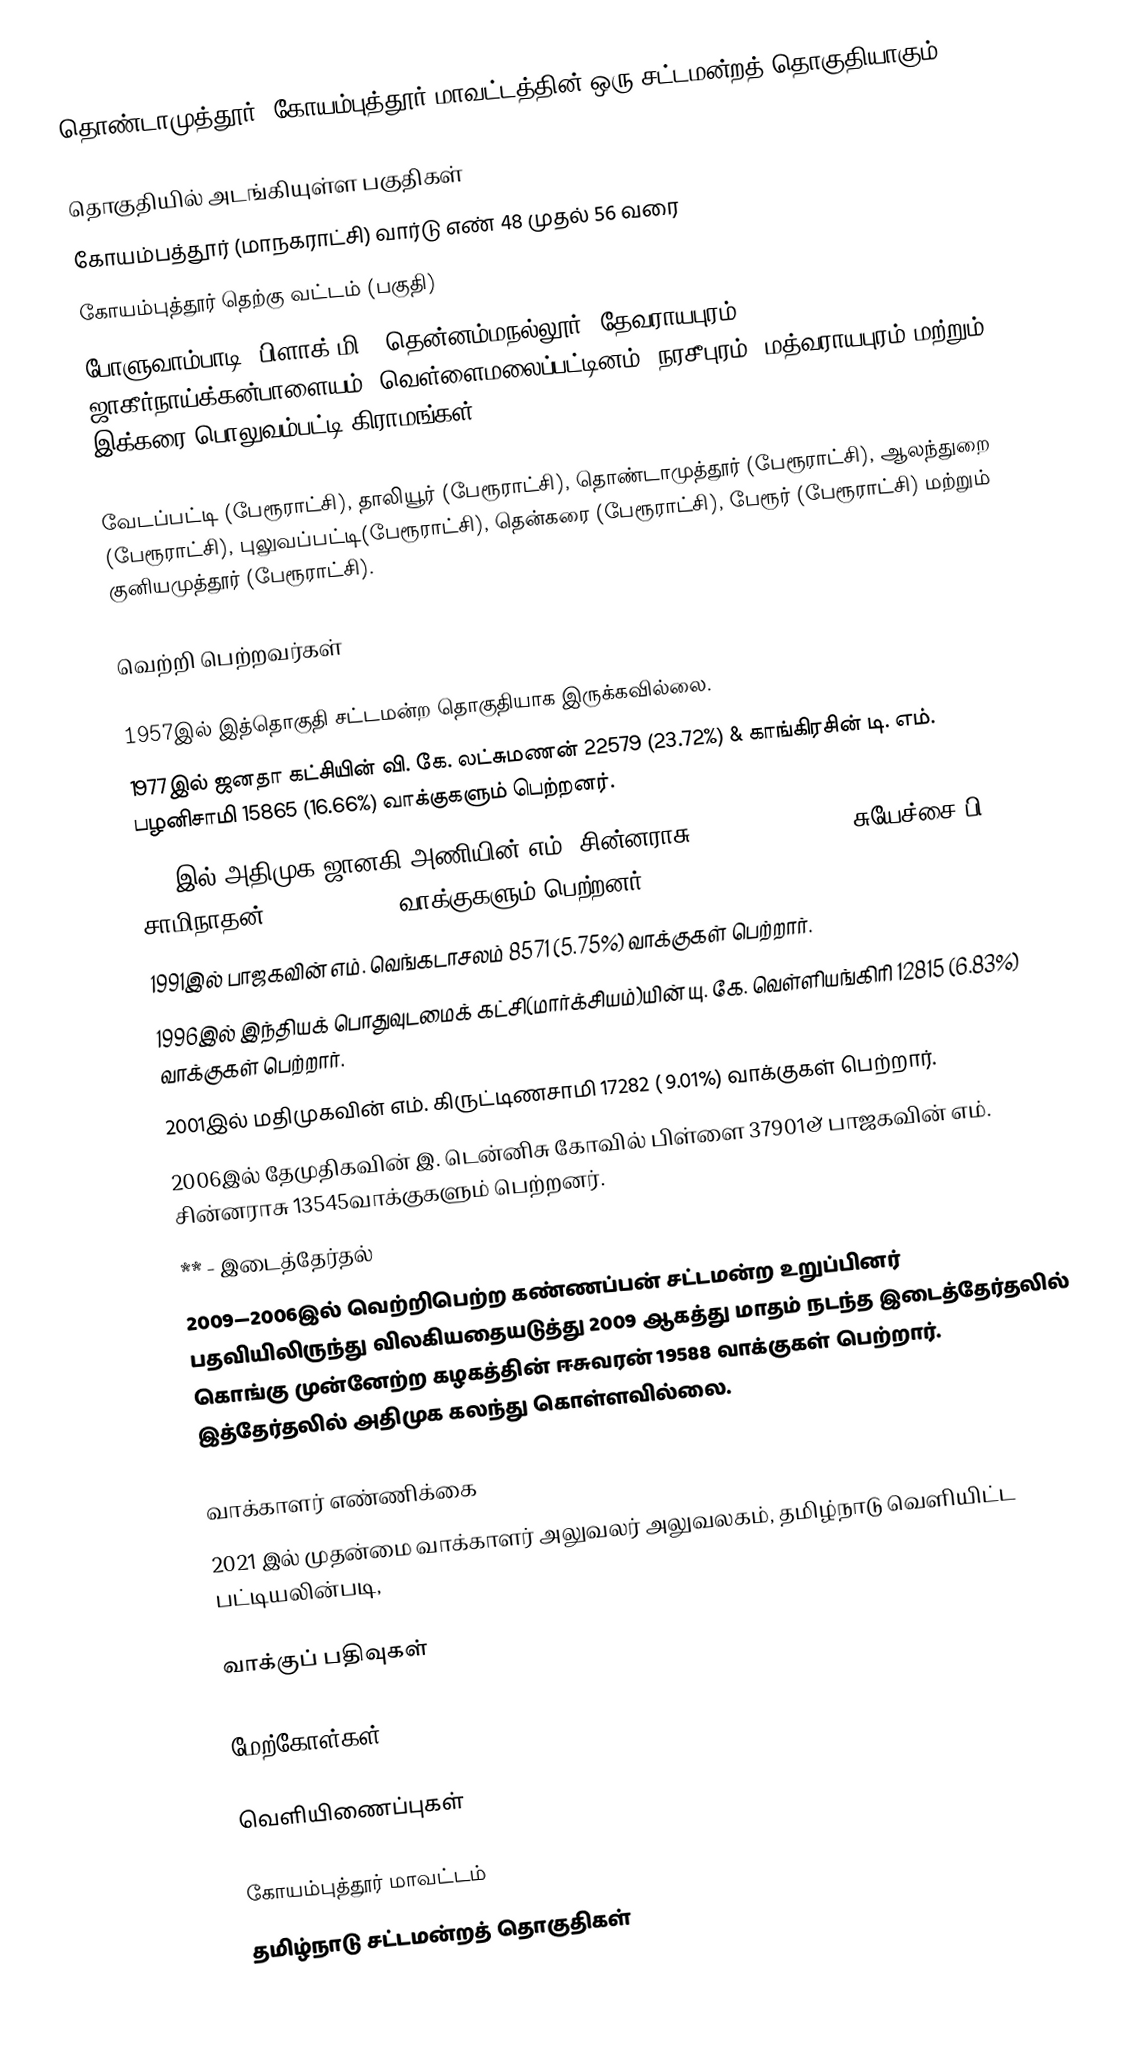
தொண்டாமுத்தூர், கோயம்புத்தூர் மாவட்டத்தின் ஒரு சட்டமன்றத் தொகுதியாகும்.

தொகுதியில் அடங்கியுள்ள பகுதிகள்
கோயம்பத்தூர் (மாநகராட்சி) வார்டு எண் 48 முதல் 56 வரை
கோயம்புத்தூர் தெற்கு வட்டம் (பகுதி)
போளுவாம்பாடி (பிளாக் மி), தென்னம்மநல்லூர், தேவராயபுரம், ஜாகீர்நாய்க்கன்பாளையம், வெள்ளைமலைப்பட்டினம், நரசீபுரம், மத்வராயபுரம் மற்றும் இக்கரை பொலுவம்பட்டி கிராமங்கள்.

வேடப்பட்டி (பேரூராட்சி), தாலியூர் (பேரூராட்சி), தொண்டாமுத்தூர் (பேரூராட்சி), ஆலந்துறை (பேரூராட்சி), புலுவப்பட்டி(பேரூராட்சி), தென்கரை (பேரூராட்சி), பேரூர் (பேரூராட்சி) மற்றும் குனியமுத்தூர் (பேரூராட்சி).

வெற்றி பெற்றவர்கள்

1957இல் இத்தொகுதி சட்டமன்ற தொகுதியாக இருக்கவில்லை.
1977இல் ஜனதா கட்சியின் வி.  கே. லட்சுமணன் 22579 (23.72%) & காங்கிரசின் டி. எம். பழனிசாமி 15865 (16.66%) வாக்குகளும் பெற்றனர்.
1989இல் அதிமுக ஜானகி அணியின் எம். சின்னராசு 27522 (18.57%) & சுயேச்சை பி. சாமிநாதன் 13205 (8.91%) வாக்குகளும் பெற்றனர்
1991இல் பாஜகவின் எம். வெங்கடாசலம் 8571 (5.75%) வாக்குகள் பெற்றார்.
1996இல் இந்தியக் பொதுவுடமைக் கட்சி(மார்க்சியம்)யின் யு. கே. வெள்ளியங்கிரி 12815 (6.83%) வாக்குகள் பெற்றார்.
2001இல் மதிமுகவின் எம். கிருட்டிணசாமி 17282 ( 9.01%) வாக்குகள் பெற்றார்.
2006இல் தேமுதிகவின் இ. டென்னிசு கோவில் பிள்ளை 37901& பாஜகவின் எம். சின்னராசு 13545வாக்குகளும் பெற்றனர்.
** - இடைத்தேர்தல்
2009—2006இல் வெற்றிபெற்ற கண்ணப்பன் சட்டமன்ற உறுப்பினர் பதவியிலிருந்து விலகியதையடுத்து 2009 ஆகத்து மாதம் நடந்த இடைத்தேர்தலில் கொங்கு முன்னேற்ற கழகத்தின் ஈசுவரன் 19588 வாக்குகள் பெற்றார். இத்தேர்தலில் அதிமுக கலந்து கொள்ளவில்லை.

வாக்காளர் எண்ணிக்கை
2021 இல் முதன்மை வாக்காளர் அலுவலர் அலுவலகம், தமிழ்நாடு வெளியிட்ட பட்டியலின்படி,

வாக்குப் பதிவுகள்

மேற்கோள்கள்

வெளியிணைப்புகள்

கோயம்புத்தூர் மாவட்டம்
தமிழ்நாடு சட்டமன்றத் தொகுதிகள்